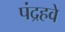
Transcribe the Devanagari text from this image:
पंद्रहवे